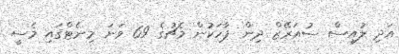
އަދި ލުއިސް ސުއަރޭޒް ދިން ޕާހަކުން މެޗުގެ 69 ވަނަ މިނެޓްގައި މެސީ